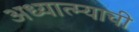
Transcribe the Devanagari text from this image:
अध्यात्म्याची